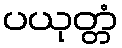
ပယုတ္တံ